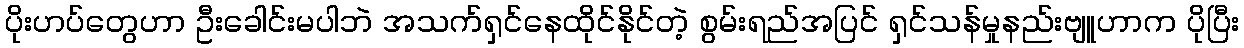
ပိုးဟပ်တွေဟာ ဦးခေါင်းမပါဘဲ အသက်ရှင်နေထိုင်နိုင်တဲ့ စွမ်းရည်အပြင် ရှင်သန်မှုနည်းဗျူဟာက ပိုပြီး